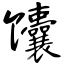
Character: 馕